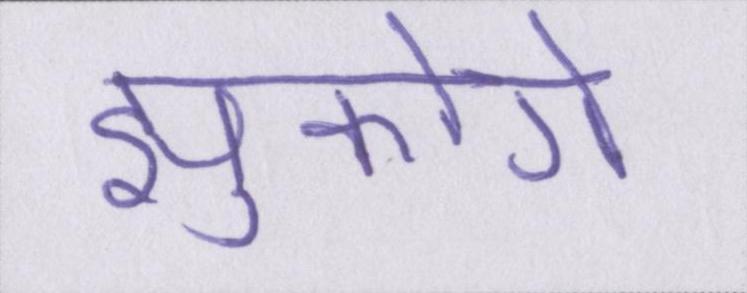
झुकोगे